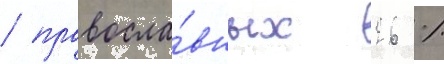
/ правосла́вных 26 %